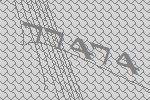
77474